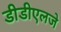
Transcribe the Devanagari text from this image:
डीडीएलजे